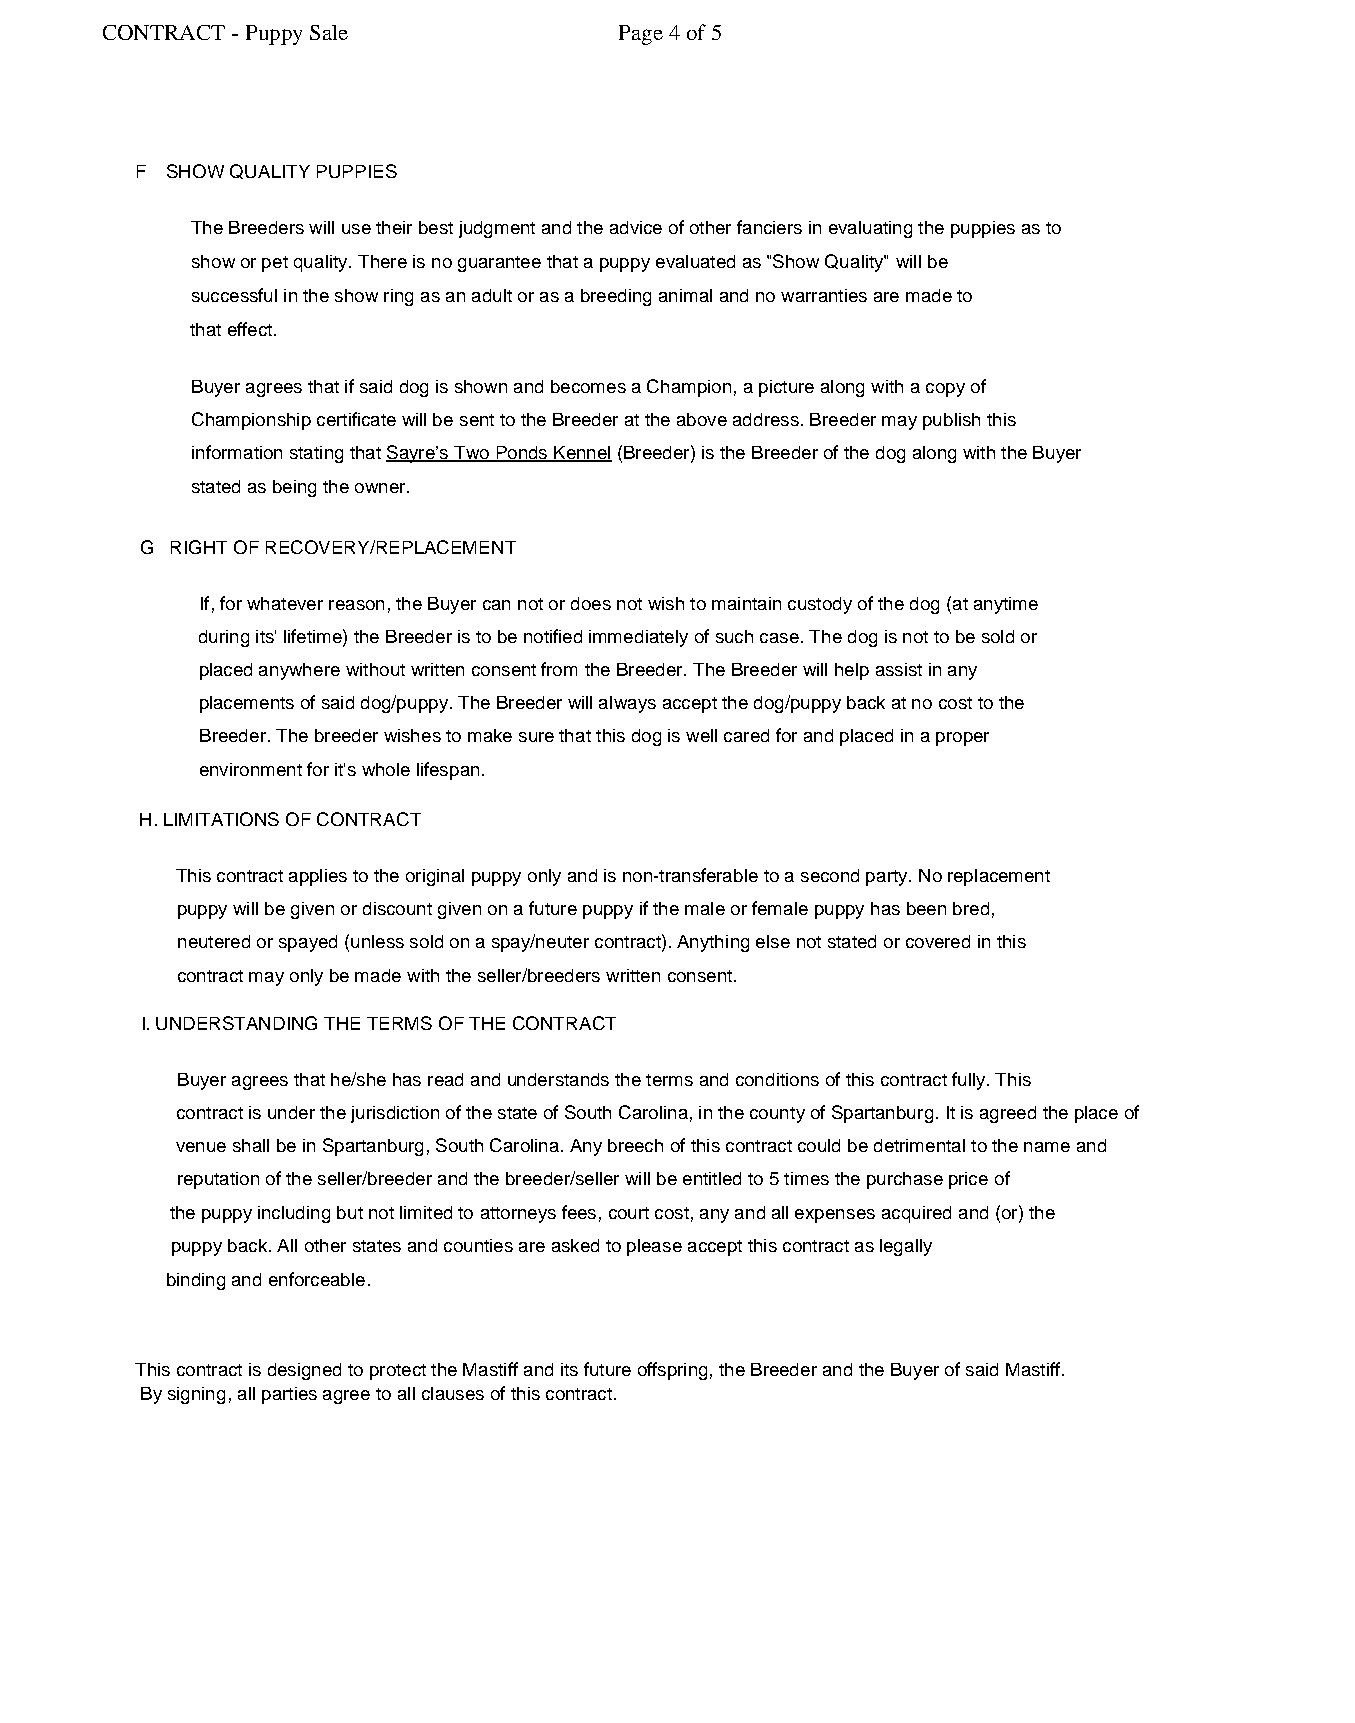
CONTRACT - Puppy Sale             Page 4 of 5
 F SHOW QUALITY PUPPIES
 The Breeders will use their best judgment and the advice of other fanciers in evaluating the puppies as to
 show or pet quality. There is no guarantee that a puppy evaluated as "Show Quality" will be
 successful in the show ring as an adult or as a breeding animal and no warranties are made to
 that effect.
 Buyer agrees that if said dog is shown and becomes a Champion, a picture along with a copy of
 Championship certificate will be sent to the Breeder at the above address. Breeder may publish this
 information stating that Sayre’s Two Ponds Kennel (Breeder) is the Breeder of the dog along with the Buyer
 stated as being the owner.
 G RIGHT OF RECOVERY/REPLACEMENT
 If, for whatever reason, the Buyer can not or does not wish to maintain custody of the dog (at anytime
 during its' lifetime) the Breeder is to be notified immediately of such case. The dog is not to be sold or
 placed anywhere without written consent from the Breeder. The Breeder will help assist in any
 placements of said dog/puppy. The Breeder will always accept the dog/puppy back at no cost to the
 Breeder. The breeder wishes to make sure that this dog is well cared for and placed in a proper
 environment for it's whole lifespan.
 H. LIMITATIONS OF CONTRACT
 This contract applies to the original puppy only and is non-transferable to a second party. No replacement
 puppy will be given or discount given on a future puppy if the male or female puppy has been bred,
 neutered or spayed (unless sold on a spay/neuter contract). Anything else not stated or covered in this
 contract may only be made with the seller/breeders written consent.
 I. UNDERSTANDING THE TERMS OF THE CONTRACT
 Buyer agrees that he/she has read and understands the terms and conditions of this contract fully. This
 contract is under the jurisdiction of the state of South Carolina, in the county of Spartanburg. It is agreed the place of
 venue shall be in Spartanburg, South Carolina. Any breech of this contract could be detrimental to the name and
 reputation of the seller/breeder and the breeder/seller will be entitled to 5 times the purchase price of
 the puppy including but not limited to attorneys fees, court cost, any and all expenses acquired and (or) the
 puppy back. All other states and counties are asked to please accept this contract as legally
 binding and enforceable.
 This contract is designed to protect the Mastiff and its future offspring, the Breeder and the Buyer of said Mastiff.
 By signing, all parties agree to all clauses of this contract.